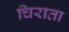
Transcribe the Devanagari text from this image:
चिराता